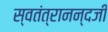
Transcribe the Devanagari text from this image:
स्वतंत्रानन्दजी